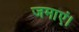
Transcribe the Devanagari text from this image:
जमाएं।